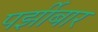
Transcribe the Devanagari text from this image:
पर्झीबार